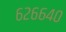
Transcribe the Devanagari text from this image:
६२६६४०